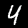
Digit: 4